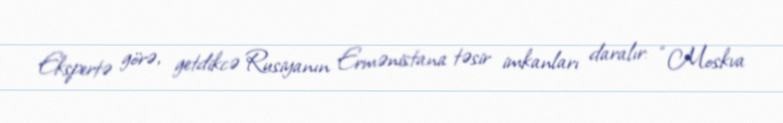
Ekspertə görə, getdikcə Rusiyanın Ermənistana təsir imkanları daralır: “Moskva